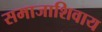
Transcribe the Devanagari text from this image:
समाजाशिवाय